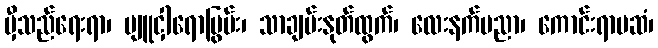
မှီသည်ရေးရာ၊ ပျူငှါရောပြွမ်း၊ သာချမ်းနုတ်ထွက်၊ လေးနက်ပညာ၊ ကောင်းရာမဆံ၊